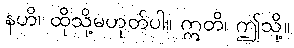
နဟိ၊ ထိုသို့မဟုတ်ပါ။ ဣတိ၊ ဤသို့။